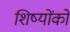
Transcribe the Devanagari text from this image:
शिष्योंको